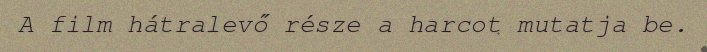
A film hátralevő része a harcot mutatja be.